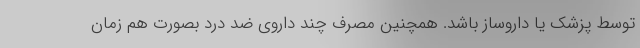
توسط پزشک یا داروساز باشد. همچنین مصرف چند داروی ضد درد بصورت هم زمان